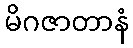
မိဂဇာတာနံ